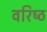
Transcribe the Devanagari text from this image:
वरिष्‍ठ